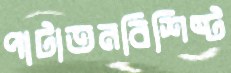
পাটাতনবিশিষ্ট